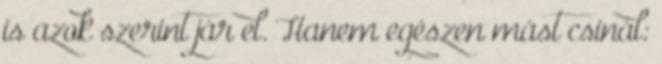
is azok szerint jár el. Hanem egészen mást csinál: